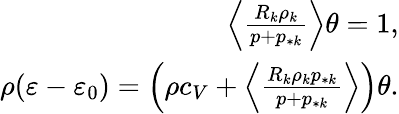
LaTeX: \begin{array}{r}{\Big\langle\frac{R_{k}\rho_{k}}{p+p_{*k}}\Big\rangle\theta=1,}\\ {\rho(\varepsilon-\varepsilon_{0})=\Big(\rho c_{V}+\Big\langle\frac{R_{k}\rho_{k}p_{*k}}{p+p_{*k}}\Big\rangle\Big)\theta.}\end{array}